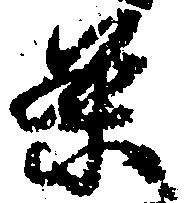
条